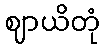
ဈာယိတုံ